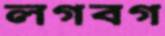
লগবগ